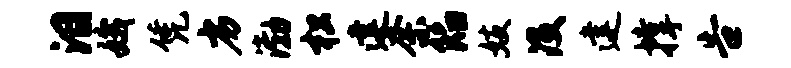
泪娥凭劣渤松建奈陷妓没建撑告